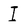
Character: I